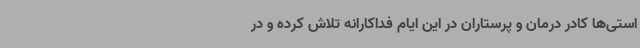
استی‌ها کادر درمان و پرستاران در این ایام فداکارانه تلاش کرده و در